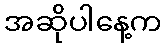
အဆိုပါနေ့က